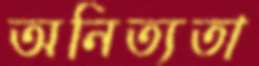
অনিত্যতা